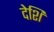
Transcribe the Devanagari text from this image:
देशि